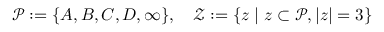
{ \mathcal { P } } : = \{ A , B , C , D , \infty \} , \quad { \mathcal { Z } } : = \{ z \mid z \subset { \mathcal { P } } , | z | = 3 \}